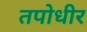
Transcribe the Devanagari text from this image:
तपोधीर